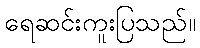
ရေဆင်းကူးပြသည်။